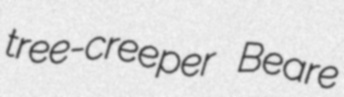
tree-creeper Beare